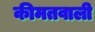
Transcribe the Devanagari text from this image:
कीमतवाली